Elephants and their diseases
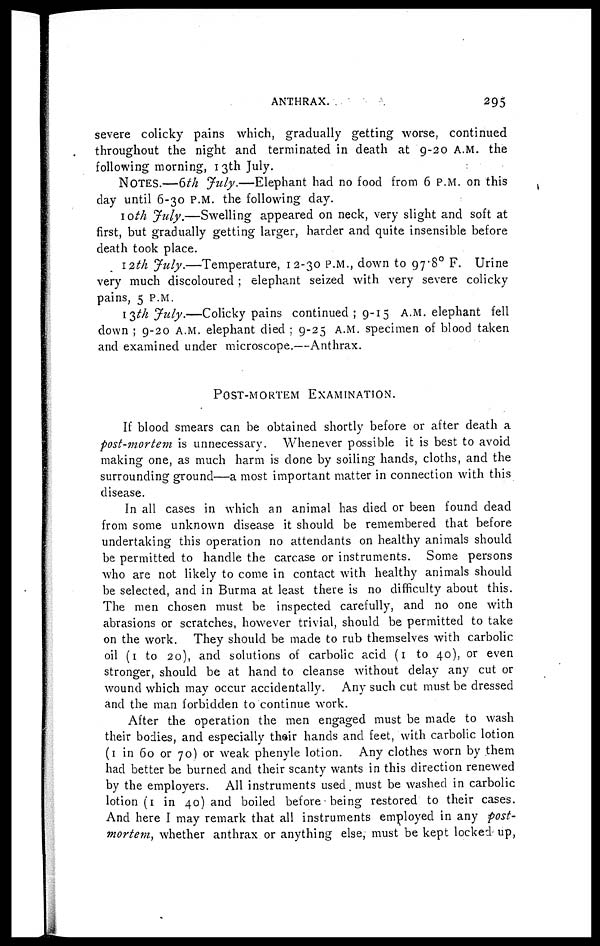
ANTHRAX.
295
severe colicky pains which, gradually getting worse, continued
throughout the night and terminated in death at 9-20 A.M. the
following morning, 13th July.
NOTES.—6th July.—Elephant
had no food from 6 P.M. on this
day until 6-30 P.M. the following day.
10th July.—Swelling
appeared on neck, very slight and soft at
first, but gradually getting larger, harder and quite insensible before
death took place.
12th July.—Temperature,
12-30 P.M., down to 97.8° F. Urine
very much discoloured elephant seized with very severe colicky
pains, 5 P.M.
13th July.—Colicky pains continued ; 9-15 A.M. elephant fell
down ; 9-20 A.M. elephant died ; 9-25 A.M. specimen of blood taken
and examined under microscope.—Anthrax.
POST-MORTEM
EXAMINATION.
If blood smears can be obtained shortly before or after death a
post-mortem is unnecessary. Whenever possible it is best to avoid
making one, as much harm is clone by soiling hands, cloths, and the
surrounding ground—a most important matter in connection with this
disease.
In all cases in which an animal has died or been found dead
from some unknown disease it should be remembered that before
undertaking this operation no attendants on healthy animals should
be permitted to handle the carcase or instruments. Some persons
who are not likely to come in contact with healthy animals should
be selected, and in Burma at least there is no difficulty about this.
The men chosen must be inspected carefully, and no one with
abrasions or scratches, however trivial, should be permitted to take
on the work. They should be made to rub themselves with carbolic
oil (1 to 20), and solutions of carbolic acid (1 to 40), or even
stronger, should be at hand to cleanse without delay any cut or
wound which may occur accidentally. Any such cut must be dressed
and the man forbidden to continue work.
After the operation the men engaged must be made to wash
their bodies, and especially their hands and feet, with carbolic lotion
(1 in 60 or 70) or weak phenyle lotion. Any clothes worn by them
had better be burned and their scanty wants in this direction renewed
by the employers. All instruments used must be washed in carbolic
lotion (1 in 40) and boiled before being restored to their cases.
And here I may remark that all instruments employed in any post-
mortem, whether anthrax or anything else, must be kept locked up,